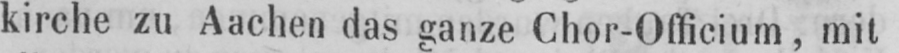
kirche zu Aachen das ganze Chor-Officium, mit